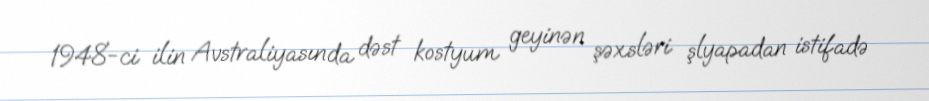
1948-ci ilin Avstraliyasında dəst kostyum geyinən şəxsləri şlyapadan istifadə